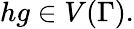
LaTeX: hg\in V(\Gamma).